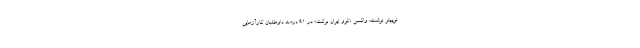
توییتر نوشت: واکسن «کوو ایران برکت» در ۹۱ درصد داوطلبان کارآزمایی